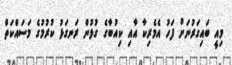
މިއީ ބައިގަރުނަށް ފަހު އެމެރިކާ އާއި ކިއުބާގެ ގުޅުން ރަނގަޅު ކުރުމުގެ މަސައްކަތް